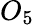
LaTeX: O_{5}